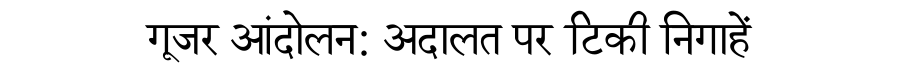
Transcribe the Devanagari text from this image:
गूजर आंदोलन: अदालत पर टिकी निगाहें